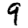
Digit: 9